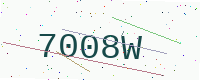
Text: 7008W